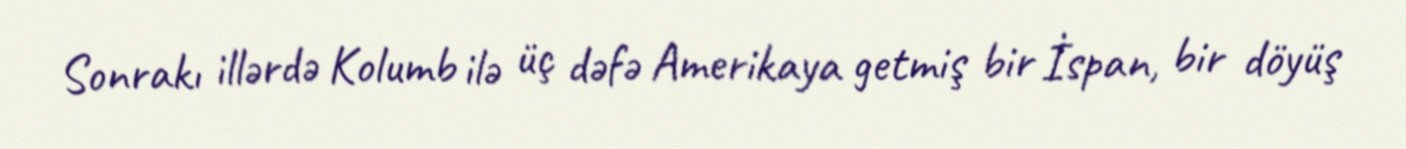
Sonrakı illərdə Kolumb ilə üç dəfə Amerikaya getmiş bir İspan, bir döyüş